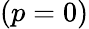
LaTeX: (p=0)